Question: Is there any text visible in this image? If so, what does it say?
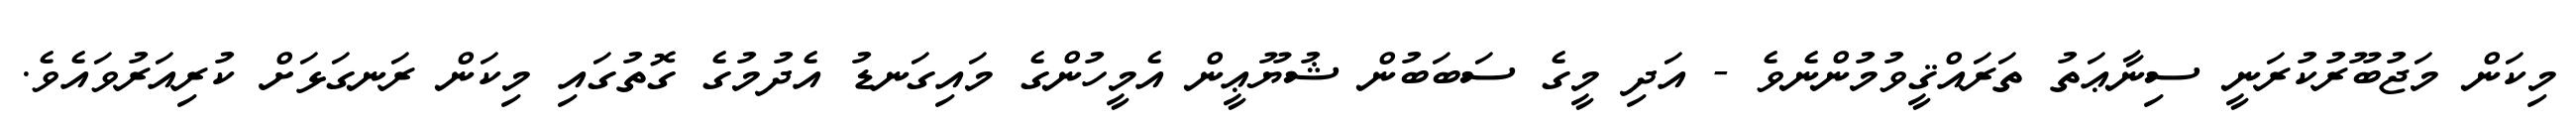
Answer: މިކަން މަޖުބޫރުކުރަނީ ސިނާޢަތު ތަރައްޤީވުމުންނެވެ - އަދި މީގެ ސަބަބުން ޝުޔޫޢީން އެމީހުންގެ މައިގަނޑު އެދުމުގެ ގޮތުގައި މިކަން ރަނގަޅަށް ކުރިއަރުވައެވެ.